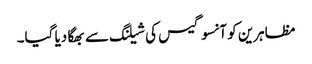
مظاہرین کو آنسو گیس کی شیلنگ سے بھگا دیا گیا۔